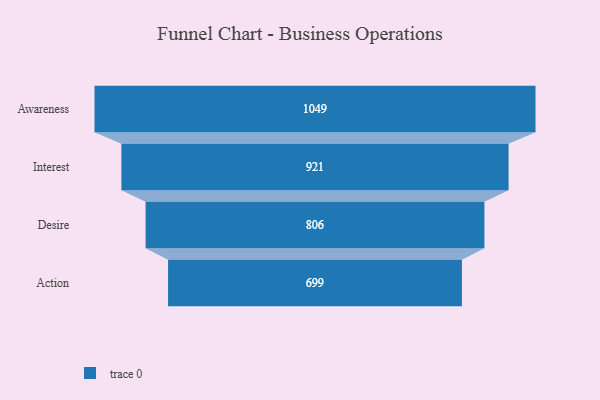
{"axis": {"x": "Stage", "y": "Value"}, "legend": [""], "data": [{"x": "Awareness", "y": 1049.0, "type": ""}, {"x": "Interest", "y": 921.0, "type": ""}, {"x": "Desire", "y": 806.0, "type": ""}, {"x": "Action", "y": 699.0, "type": ""}]}